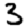
Digit: 3